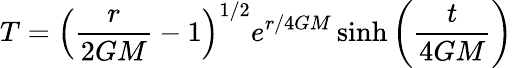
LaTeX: T=\left({\frac{r}{2GM}}-1\right)^{1/2}e^{r/4GM}\sinh\left({\frac{t}{4GM}}\right)